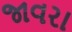
જાવરા